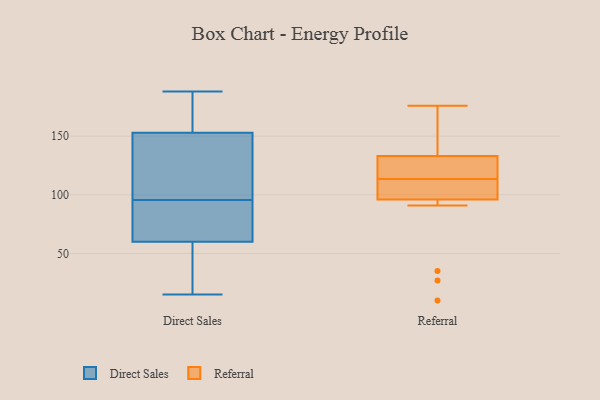
{"axis": {"x": "Backlog", "y": "Value"}, "legend": ["Direct Sales", "Referral"], "data": [{"x": "", "y": 90, "type": "Direct Sales"}, {"x": "", "y": 151, "type": "Direct Sales"}, {"x": "", "y": 97, "type": "Direct Sales"}, {"x": "", "y": 15, "type": "Direct Sales"}, {"x": "", "y": 153, "type": "Direct Sales"}, {"x": "", "y": 186, "type": "Direct Sales"}, {"x": "", "y": 51, "type": "Direct Sales"}, {"x": "", "y": 165, "type": "Direct Sales"}, {"x": "", "y": 70, "type": "Direct Sales"}, {"x": "", "y": 161, "type": "Direct Sales"}, {"x": "", "y": 94, "type": "Direct Sales"}, {"x": "", "y": 21, "type": "Direct Sales"}, {"x": "", "y": 63, "type": "Direct Sales"}, {"x": "", "y": 118, "type": "Direct Sales"}, {"x": "", "y": 188, "type": "Direct Sales"}, {"x": "", "y": 60, "type": "Direct Sales"}, {"x": "", "y": 142, "type": "Direct Sales"}, {"x": "", "y": 35, "type": "Direct Sales"}, {"x": "", "y": 149, "type": "Referral"}, {"x": "", "y": 108, "type": "Referral"}, {"x": "", "y": 117, "type": "Referral"}, {"x": "", "y": 130, "type": "Referral"}, {"x": "", "y": 108, "type": "Referral"}, {"x": "", "y": 27, "type": "Referral"}, {"x": "", "y": 115, "type": "Referral"}, {"x": "", "y": 35, "type": "Referral"}, {"x": "", "y": 10, "type": "Referral"}, {"x": "", "y": 176, "type": "Referral"}, {"x": "", "y": 96, "type": "Referral"}, {"x": "", "y": 112, "type": "Referral"}, {"x": "", "y": 126, "type": "Referral"}, {"x": "", "y": 91, "type": "Referral"}, {"x": "", "y": 133, "type": "Referral"}, {"x": "", "y": 102, "type": "Referral"}, {"x": "", "y": 153, "type": "Referral"}, {"x": "", "y": 164, "type": "Referral"}]}